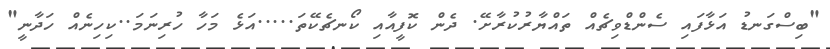
"ބިސްގަނޑު އަޅާފައި ސެންޑްވިޗެއް ތައްޔާރުކުރާށޭ. ދެން ކޮފީއާއި ކޯނޗެކޭތަ.....އަޅެ މަހާ ހުރިނަމަ..ކިހިނެއް ހަދާނީ"